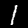
Label: 1